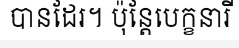
បានដែរ។ ប៉ុន្តែបេក្ខនារី